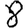
Digit: 8